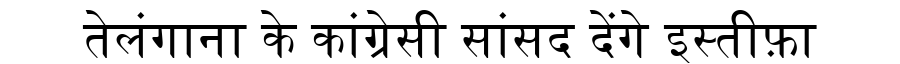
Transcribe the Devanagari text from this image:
तेलंगाना के कांग्रेसी सांसद देंगे इस्तीफ़ा